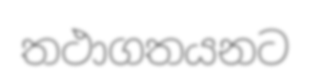
තථාගතයනට